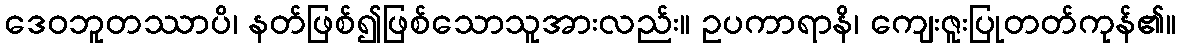
ဒေဝဘူတဿာပိ၊ နတ်ဖြစ်၍ဖြစ်သောသူအားလည်း။ ဥပကာရာနိ၊ ကျေးဇူးပြုတတ်ကုန်၏။